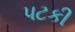
પટકી